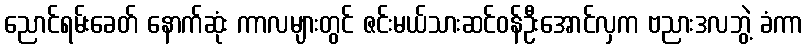
ညောင်ရမ်းခေတ် နောက်ဆုံး ကာလများတွင် ဇင်းမယ်သားဆင်ဝန်ဦးအောင်လှက ဗညားဒလဘွဲ့ ခံကာ